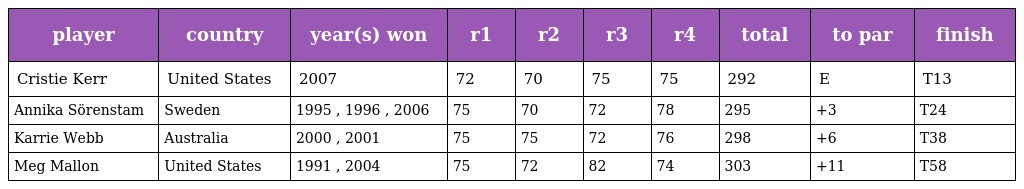
| player | country | year(s) won | r1 | r2 | r3 | r4 | total | to par | finish |
 | --- | --- | --- | --- | --- | --- | --- | --- | --- | --- |
 | Cristie Kerr | United States | 2007 | 72 | 70 | 75 | 75 | 292 | E | T13 |
 | Annika Sörenstam | Sweden | 1995 , 1996 , 2006 | 75 | 70 | 72 | 78 | 295 | +3 | T24 |
 | Karrie Webb | Australia | 2000 , 2001 | 75 | 75 | 72 | 76 | 298 | +6 | T38 |
 | Meg Mallon | United States | 1991 , 2004 | 75 | 72 | 82 | 74 | 303 | +11 | T58 |